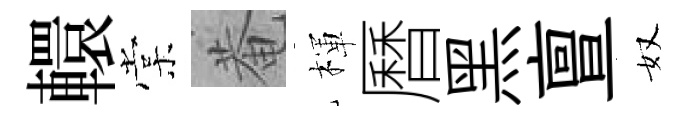
轘棠菴楎曆黑亶奴